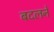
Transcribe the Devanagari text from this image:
बदलनें